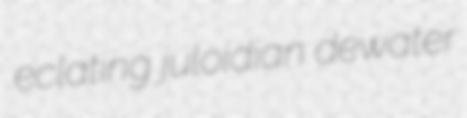
eclating juloidian dewater